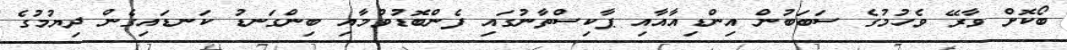
ބޯކޮށް ވާރޭ ވެހުމުގެ ސަބަބުން އިންޑިއާއާއި ޕާކިސްތާނުގައި ފެންބޮޑުވުމާއި ބިންގަނޑު ކަނޑައިގެން ދިޔުމުގެ